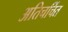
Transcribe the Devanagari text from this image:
अतिचर्चित